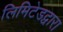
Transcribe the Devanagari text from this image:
लिमिटेडद्वारा